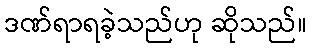
ဒဏ်ရာရခဲ့သည်ဟု ဆိုသည်။